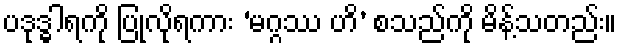
ပဒုဒ္ဓါရကို ပြုလိုရကား ‘မဂ္ဂဿ ဟိ’ စသည်ကို မိန့်သတည်း။